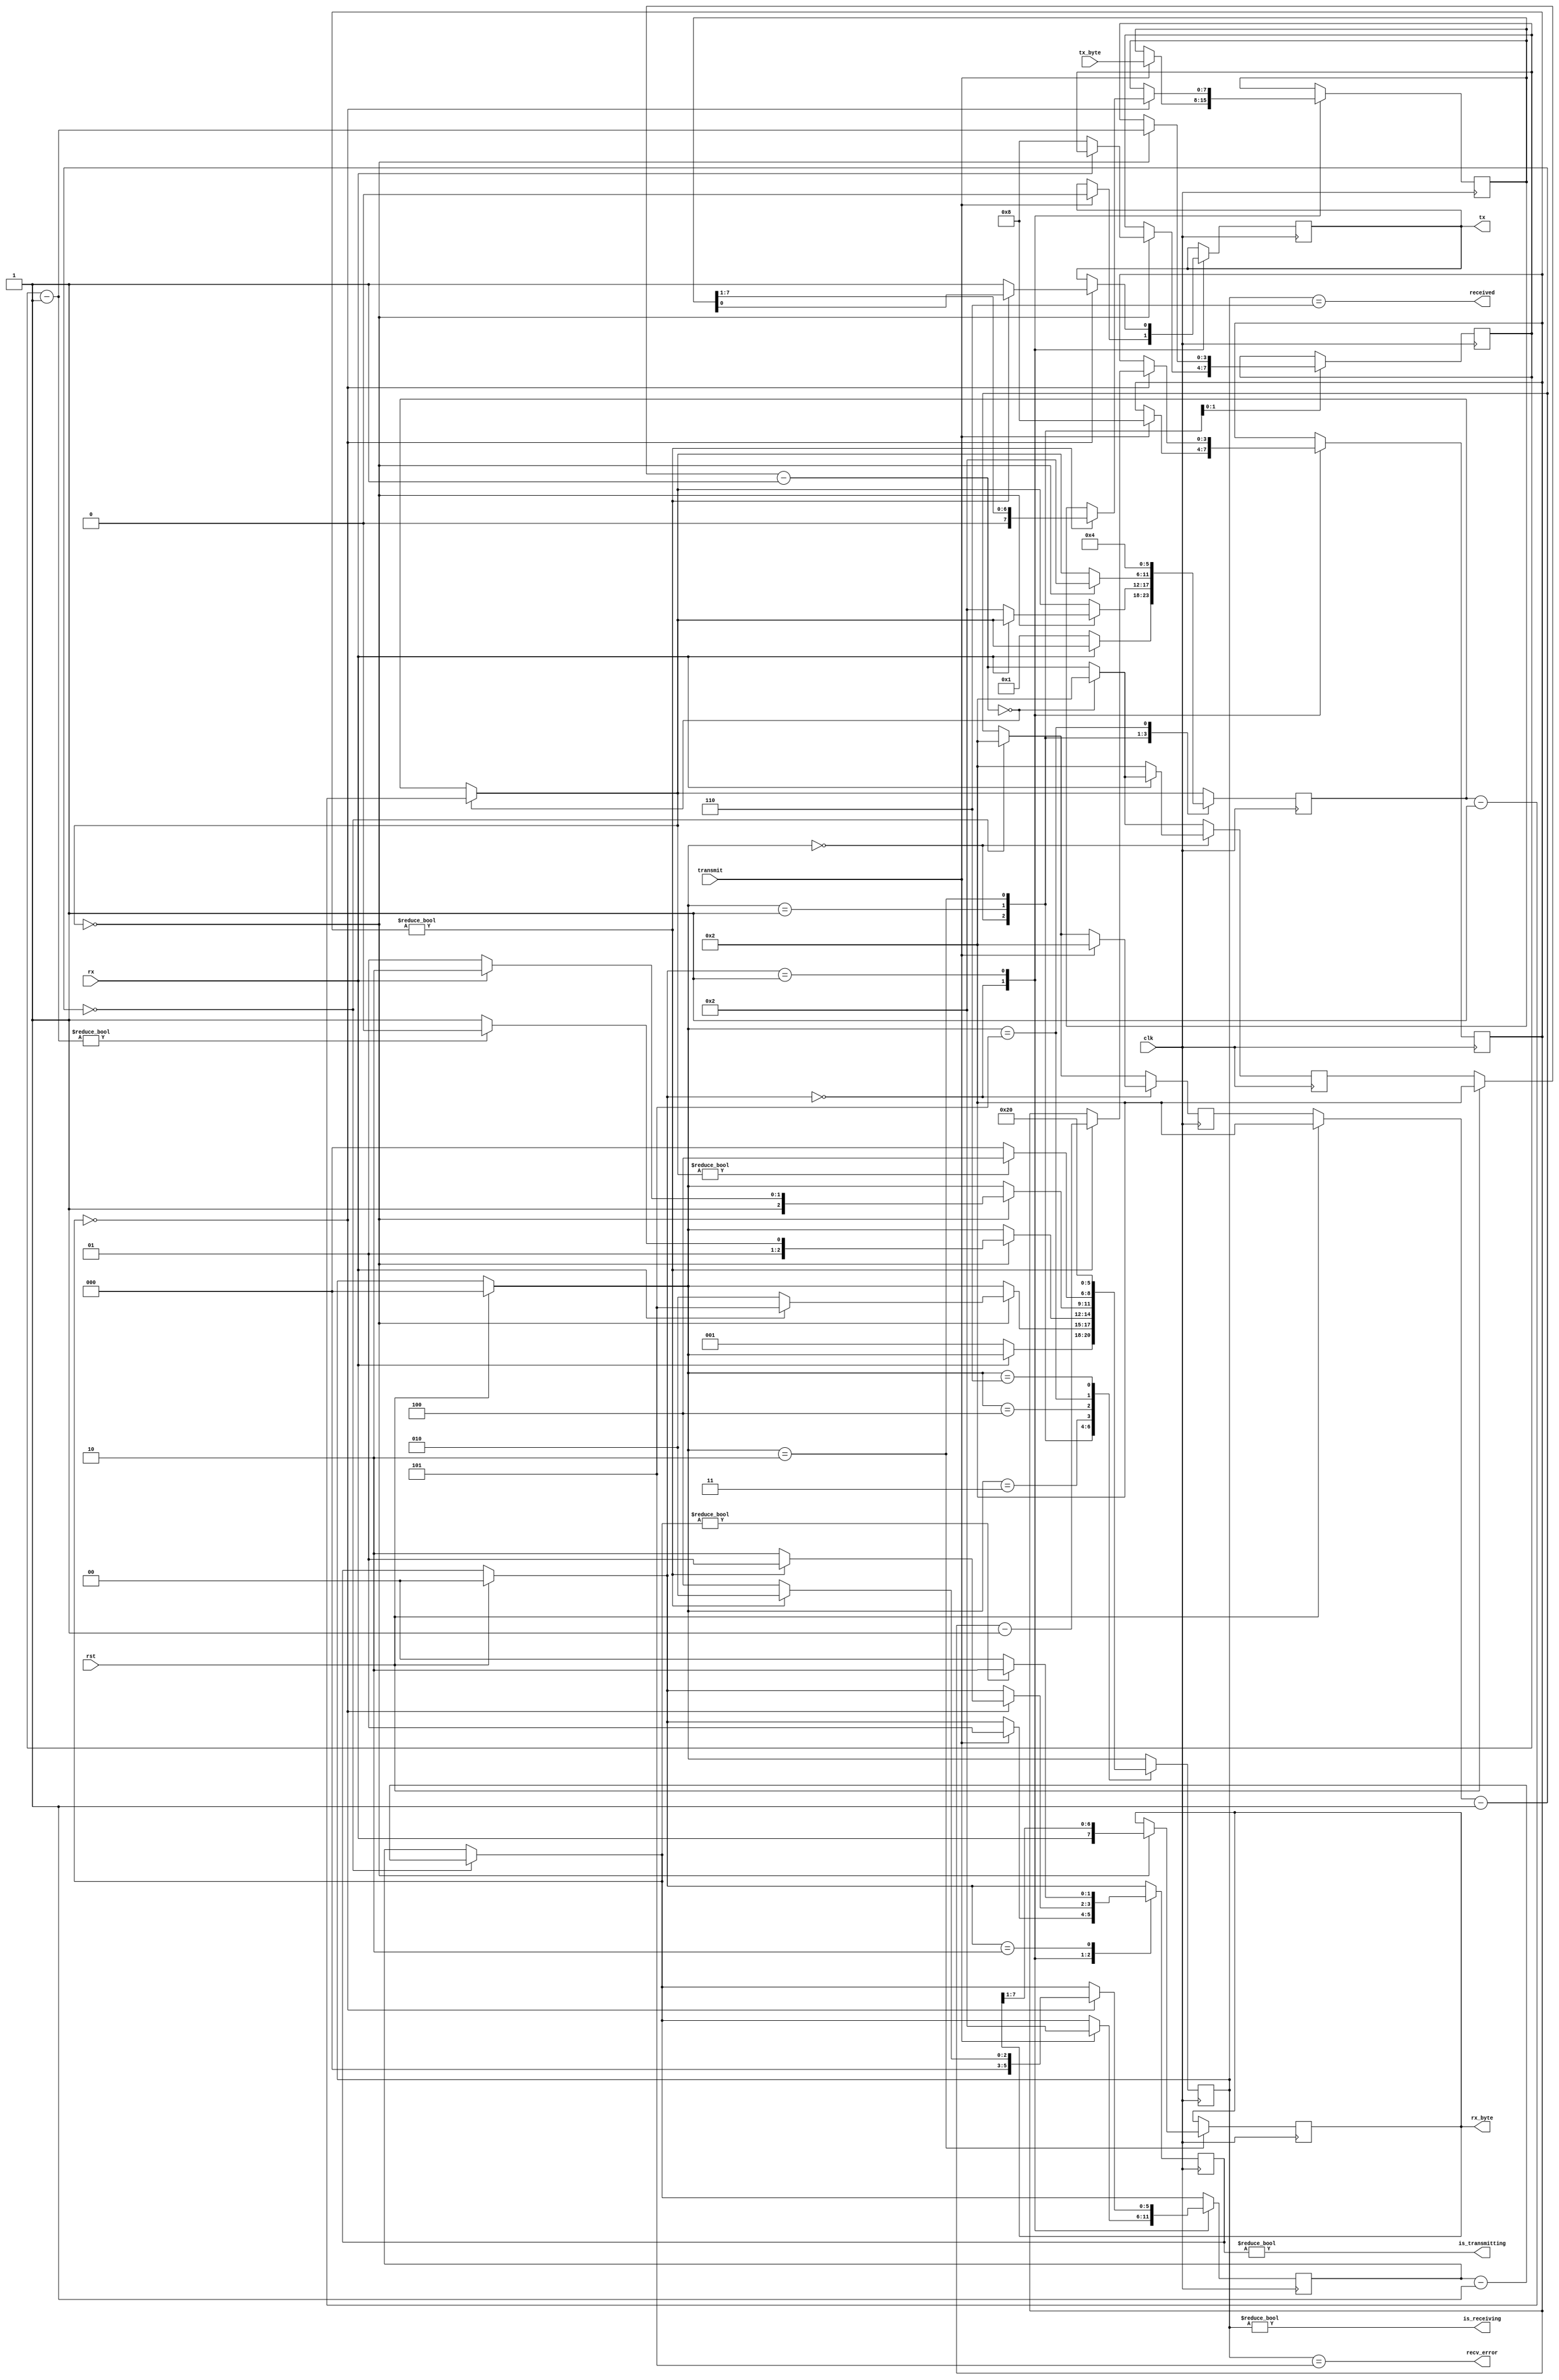
/*
 * Documented Verilog UART
 * Copyright (C) 2010 Timothy Goddard (tim@goddard.net.nz)
 * Distributed under the MIT licence.
 *
 * Permission is hereby granted, free of charge, to any person obtaining a copy
 * of this software and associated documentation files (the "Software"), to deal
 * in the Software without restriction, including without limitation the rights
 * to use, copy, modify, merge, publish, distribute, sublicense, and/or sell
 * copies of the Software, and to permit persons to whom the Software is
 * furnished to do so, subject to the following conditions:
 *
 * The above copyright notice and this permission notice shall be included in
 * all copies or substantial portions of the Software.
 *
 * THE SOFTWARE IS PROVIDED "AS IS", WITHOUT WARRANTY OF ANY KIND, EXPRESS OR
 * IMPLIED, INCLUDING BUT NOT LIMITED TO THE WARRANTIES OF MERCHANTABILITY,
 * FITNESS FOR A PARTICULAR PURPOSE AND NONINFRINGEMENT. IN NO EVENT SHALL THE
 * AUTHORS OR COPYRIGHT HOLDERS BE LIABLE FOR ANY CLAIM, DAMAGES OR OTHER
 * LIABILITY, WHETHER IN AN ACTION OF CONTRACT, TORT OR OTHERWISE, ARISING FROM,
 * OUT OF OR IN CONNECTION WITH THE SOFTWARE OR THE USE OR OTHER DEALINGS IN
 * THE SOFTWARE.
 *
 *
 *
 * ChangeLog
 *	2019-08-15	removed tx_free signal again,
 *	(dpiegdon)	it is the same as the negated is_transmitting signal...
	 *
 *	2017-11-22	revisited original upstream: https://opencores.org/project,osdvu
 *	(dpiegdon)	and adapted it to supply tx_free signal.
 *
 *			halved required clock cycles to support high baudrates
 *			with low system clock.
 *
 *			set baudrate to upper limit of 12M. (limit is FT2232H)
 *
 *	2019-02-20	code- and style-cleanup
 *	(dpiegdon)
 */

`default_nettype none

module uart(
	input  wire clk,		// The master clock for this module
	input  wire rst,		// Synchronous reset.
	input  wire rx,			// Incoming serial line
	output wire tx,			// Outgoing serial line
	input  wire transmit,		// Signal to transmit
	input  wire [7:0] tx_byte,	// Byte to transmit
	output wire received,		// Indicated that a byte has been received.
	output wire [7:0] rx_byte,	// Byte received
	output wire is_receiving,	// Low when receive line is idle.
	output wire is_transmitting,	// Low when transmit line is idle.
	output wire recv_error		// Indicates error in receiving packet.
);

	// Frequency of the oscillator
	// (must be multiple of BAUDRATE, see CLOCK_DIVIDE)
	parameter CLOCKFRQ = 48_000_000;
	// Baudrate to use
	parameter BAUDRATE = 12_000_000;
	// Internal clock divider must evaluate to an integer:
	localparam CLOCK_DIVIDE = (CLOCKFRQ/(BAUDRATE*2));

	// States for the receiving state machine.
	// These are just constants, not parameters to override.
	localparam RX_IDLE = 0;
	localparam RX_CHECK_START = 1;
	localparam RX_READ_BITS = 2;
	localparam RX_CHECK_STOP = 3;
	localparam RX_DELAY_RESTART = 4;
	localparam RX_ERROR = 5;
	localparam RX_RECEIVED = 6;

	// States for the transmitting state machine.
	// Constants - do not override.
	localparam TX_IDLE = 0;
	localparam TX_SENDING = 1;
	localparam TX_DELAY_RESTART = 2;

	reg [10:0] rx_clk_divider = CLOCK_DIVIDE;
	reg [10:0] tx_clk_divider = CLOCK_DIVIDE;

	reg [2:0] recv_state = RX_IDLE;
	reg [5:0] rx_countdown;
	reg [3:0] rx_bits_remaining;
	reg [7:0] rx_data;

	reg tx_out = 1'b1;
	reg [1:0] tx_state = TX_IDLE;
	reg [5:0] tx_countdown;
	reg [3:0] tx_bits_remaining;
	reg [7:0] tx_data;

	assign received = (recv_state == RX_RECEIVED);
	assign recv_error = (recv_state == RX_ERROR);
	assign is_receiving = (recv_state != RX_IDLE);
	assign rx_byte = rx_data;

	assign tx = tx_out;
	assign is_transmitting = (tx_state != TX_IDLE);

	always @(posedge clk) begin
		if (rst) begin
			rx_clk_divider = CLOCK_DIVIDE;
			tx_clk_divider = CLOCK_DIVIDE;
			recv_state = RX_IDLE;
			tx_state = TX_IDLE;
		end

		// The clk_divider counter counts down from
		// the CLOCK_DIVIDE constant. Whenever it
		// reaches 0, 1/16 of the bit period has elapsed.
		// Countdown timers for the receiving and transmitting
		// state machines are decremented.
		rx_clk_divider = rx_clk_divider - 1;
		if (!rx_clk_divider) begin
			rx_clk_divider = CLOCK_DIVIDE;
			rx_countdown = rx_countdown - 1;
		end
		tx_clk_divider = tx_clk_divider - 1;
		if (!tx_clk_divider) begin
			tx_clk_divider = CLOCK_DIVIDE;
			tx_countdown = tx_countdown - 1;
		end

		// Receive state machine
		case (recv_state)
			RX_IDLE: begin
				// A low pulse on the receive line indicates the
				// start of data.
				if (!rx) begin
					// Wait half the period - should resume in the
					// middle of this first pulse.
					rx_clk_divider = CLOCK_DIVIDE;
					rx_countdown = 1;
					recv_state = RX_CHECK_START;
				end
			end
			RX_CHECK_START: begin
				if (!rx_countdown) begin
					// Check the pulse is still there
					if (!rx) begin
						// Pulse still there - good
						// Wait the bit period to resume half-way
						// through the first bit.
						rx_countdown = 2;
						rx_bits_remaining = 8;
						recv_state = RX_READ_BITS;
					end else begin
						// Pulse lasted less than half the period -
						// not a valid transmission.
						recv_state = RX_ERROR;
					end
				end
			end
			RX_READ_BITS: begin
				if (!rx_countdown) begin
					// Should be half-way through a bit pulse here.
					// Read this bit in, wait for the next if we
					// have more to get.
					rx_data = {rx, rx_data[7:1]};
					rx_countdown = 2;
					rx_bits_remaining = rx_bits_remaining - 1;
					recv_state = rx_bits_remaining ? RX_READ_BITS : RX_CHECK_STOP;
				end
			end
			RX_CHECK_STOP: begin
				if (!rx_countdown) begin
					// Should resume half-way through the stop bit
					// This should be high - if not, reject the
					// transmission and signal an error.
					recv_state = rx ? RX_RECEIVED : RX_ERROR;
				end
			end
			RX_DELAY_RESTART: begin
				// Waits a set number of cycles before accepting
				// another transmission.
				recv_state = rx_countdown ? RX_DELAY_RESTART : RX_IDLE;
			end
			RX_ERROR: begin
				// There was an error receiving.
				// Raises the recv_error flag for one clock
				// cycle while in this state and then waits
				// 2 bit periods before accepting another
				// transmission.
				rx_countdown = 4;
				recv_state = RX_DELAY_RESTART;
			end
			RX_RECEIVED: begin
				// Successfully received a byte.
				// Raises the received flag for one clock
				// cycle while in this state.
				recv_state = RX_IDLE;
			end
		endcase

		// Transmit state machine
		case (tx_state)
			TX_IDLE: begin
				if (transmit) begin
					// If the transmit flag is raised in the idle
					// state, start transmitting the current content
					// of the tx_byte input.
					tx_data = tx_byte;
					// Send the initial, low pulse of 1 bit period
					// to signal the start, followed by the data
					tx_clk_divider = CLOCK_DIVIDE;
					tx_countdown = 2;
					tx_out = 0;
					tx_bits_remaining = 8;
					tx_state = TX_SENDING;
				end
			end
			TX_SENDING: begin
				if (!tx_countdown) begin
					if (tx_bits_remaining) begin
						tx_bits_remaining = tx_bits_remaining - 1;
						tx_out = tx_data[0];
						tx_data = {1'b0, tx_data[7:1]};
						tx_countdown = 2;
						tx_state = TX_SENDING;
					end else begin
						// Set delay to send out 2 stop bits.
						tx_out = 1;
						tx_countdown = 4;
						tx_state = TX_DELAY_RESTART;
					end
				end
			end
			TX_DELAY_RESTART: begin
				// Wait until tx_countdown reaches the end before
				// we send another transmission. This covers the
				// "stop bit" delay.
				tx_state = tx_countdown ? TX_DELAY_RESTART : TX_IDLE;
			end
		endcase
	end

endmodule